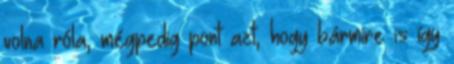
volna róla, mégpedig pont azt, hogy bármire is így